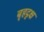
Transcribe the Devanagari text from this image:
बृहदृक्ष